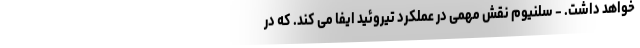
خواهد داشت. - سلنیوم نقش مهمی در عملکرد تیروئید ایفا می کند. که در